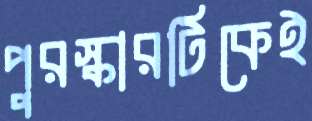
পুরস্কারটিকেই